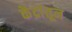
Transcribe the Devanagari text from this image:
केंद्रांतून